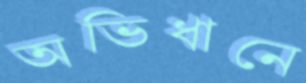
অভিধানে